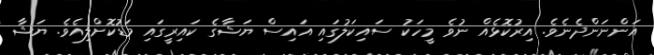
އަންނަންދެނެވެ. އިރުކޮޅެއް ނުވެ މީހަކު ސައިކަލުގައި އައިސް ޔަޝާގެ ކައިރީގައި މަޑުކޮށްލިއެވެ. ޔަޝާ